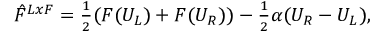
\begin{array} { r } { \hat { F } ^ { L x F } = \frac 1 2 ( F ( U _ { L } ) + F ( U _ { R } ) ) - \frac 1 2 \alpha ( U _ { R } - U _ { L } ) , } \end{array}